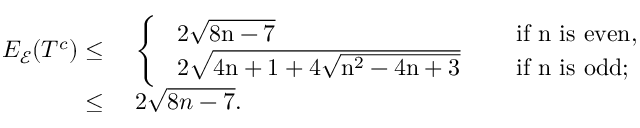
\begin{array} { r l } { E _ { \mathcal { E } } ( T ^ { c } ) \leq } & { ~ \left\{ \begin{array} { l l } { \mathrm { ~ 2 \sqrt { 8 n - 7 } ~ } } & { \quad \mathrm { i f ~ n ~ i s ~ e v e n , } } \\ { \mathrm { ~ 2 \sqrt { 4 n + 1 + 4 \sqrt { n ^ 2 - 4 n + 3 } } ~ } } & { \quad \mathrm { i f ~ n ~ i s ~ o d d ; } } \end{array} \right. } \\ { \leq } & { ~ 2 \sqrt { 8 n - 7 } . } \end{array}